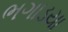
ભગાડયા